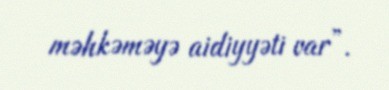
məhkəməyə aidiyyəti var”.